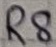
Text: R8